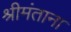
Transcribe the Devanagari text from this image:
श्रीमंताना